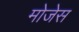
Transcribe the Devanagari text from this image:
मोजेस